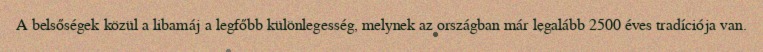
A belsőségek közül a libamáj a legfőbb különlegesség, melynek az országban már legalább 2500 éves tradíciója van.